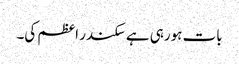
بات ہورہی ہے سکندر اعظم کی۔